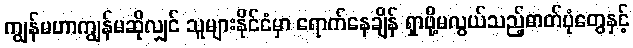
ကျွန်မဟာကျွန်မဆိုလျှင် သူများနိုင်ငံမှာ ရောက်နေချိန် ရှာဖို့မလွယ်သည့်ဓာတ်ပုံတွေနှင့်